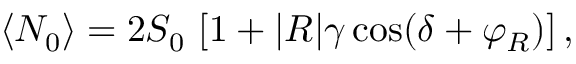
\langle N _ { 0 } \rangle = 2 S _ { 0 } \, \left[ 1 + | R | \gamma \cos ( \delta + \varphi _ { R } ) \right] ,